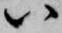
ハ